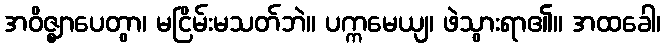
အဝိဇ္ဈာပေတွာ၊ မငြိမ်းမသတ်ဘဲ။ ပက္ကမေယျ၊ ဖဲသွားရာ၏။ အထခေါ၊